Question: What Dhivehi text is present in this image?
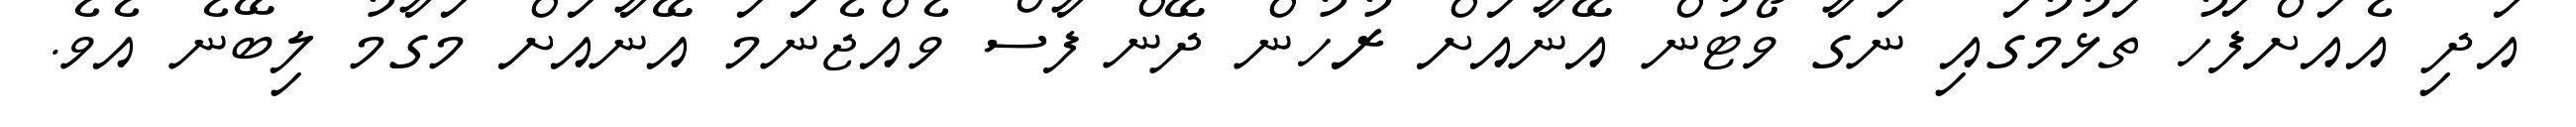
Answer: އަދި އެއަށްފަހު ތަޅުމުގައި ނަގާ ވޯޓުން އޭނާއަށް ރުހުން ދޭން ފާސް ވެއްޖެނަަމަ އޭނާއަށް މަގާމު ލިބޭނެ އެވެ.